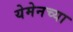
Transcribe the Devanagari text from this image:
येमेनच्या